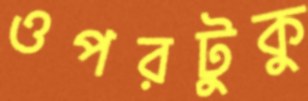
ওপরটুকু